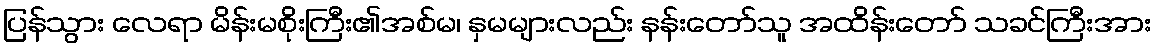
ပြန်သွား လေရာ မိန်းမစိုးကြီး၏အစ်မ၊ နှမများလည်း နန်းတော်သူ အထိန်းတော် သခင်ကြီးအား